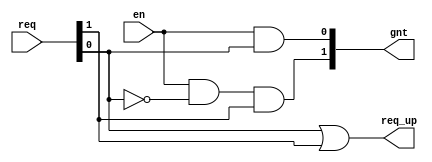
// Vikas Khurana
// EECS 470
// 47310641


module rev_ps2(req, en, gnt, req_up);
   input [1:0] req;
   input en;
   output [1:0] gnt;
   output req_up;

   assign req_up = req[0] | req[1]; // returns true if either line has a request
   assign gnt[1] = en & ~req[0] & req[1];
   assign gnt[0] = en & req[0];
endmodule
// 4 bit
module rev_ps4(req, en, gnt, req_up);
   input [3:0] req;
   input en;
   output [3:0] gnt;
   output req_up;

   wire [3:0] tmp;
   wire [1:0] tmp_req_up;
   wire [1:0] out;	

   rev_ps2 right(.req(req[1:0]), .en(en),  .gnt(tmp[1:0]), .req_up(tmp_req_up[0]));
   rev_ps2 left(.req(req[3:2]), .en(en), .gnt(tmp[3:2]), .req_up(tmp_req_up[1]));
   rev_ps2 top(.req(tmp_req_up), .en(en), .gnt(out), .req_up(req_up));
   // Determine Correct Grant Output based on Req_up Bit
   assign gnt[3:0] = (out == 2'b01) ? {2'b00,tmp[1:0]}: {tmp[3:2],2'b00};// Concat
endmodule
// 8 bit
module rev_ps8(req, en, gnt, req_up);
   input [7:0] req;
   input en;
   output [7:0] gnt;
   output req_up;

   wire [7:0] tmp;
   wire [1:0] tmp_req_up;
   wire [1:0] out;

   rev_ps4 right(.req(req[3:0]), .en(en), .gnt(tmp[3:0]), .req_up(tmp_req_up[0]));
   rev_ps4 left(.req(req[7:4]), .en(en), .gnt(tmp[7:4]), .req_up(tmp_req_up[1]));
   rev_ps2 top(.req(tmp_req_up), .en(en), .gnt(out), .req_up(req_up));       

   assign gnt[7:0] = (out == 2'b01) ? {4'b0000,tmp[3:0]}:{tmp[7:4], 4'b0000}; 
endmodule

module rev_ps16(req, en, gnt, req_up);
   input [15:0] req;
   input en;
   output [15:0] gnt;
   output req_up;

   wire [15:0] tmp;
   wire [1:0] tmp_req_up;
   wire [1:0] out;

   rev_ps8 right(.req(req[7:0]), .en(en), .gnt(tmp[7:0]), .req_up(tmp_req_up[0]));
   rev_ps8 left(.req(req[15:8]), .en(en), .gnt(tmp[15:8]), .req_up(tmp_req_up[1]));
   rev_ps2 top(.req(tmp_req_up), .en(en), .gnt(out), .req_up(req_up));       

   assign gnt[15:0] = (out == 2'b01) ? {8'b00000000,tmp[7:0]}:{tmp[15:8], 8'b00000000}; 
endmodule